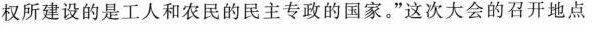
权所建设的是工人和农民的民主专政的国家。”这次大会的召开地点